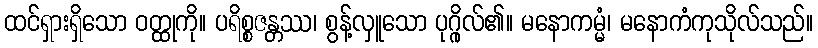
ထင်ရှားရှိသော ဝတ္ထုကို။ ပရိစ္စဇန္တဿ၊ စွန့်လှူသော ပုဂ္ဂိုလ်၏။ မနောကမ္မံ၊ မနောကံကုသိုလ်သည်။